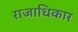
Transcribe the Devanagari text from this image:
राजाधिकार